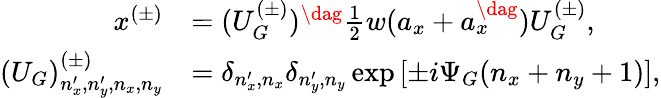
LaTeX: \begin{array}{rl}{x^{(\pm)}}&{=(U_{G}^{(\pm)})^{\dag}\frac{1}{2}w(a_{x}+a_{x}^{\dag})U_{G}^{(\pm)},}\\ {(U_{G})_{n_{x}^{\prime},n_{y}^{\prime},n_{x},n_{y}}^{(\pm)}}&{=\delta_{n_{x}^{\prime},n_{x}}\delta_{n_{y}^{\prime},n_{y}}\exp\left[\pm i\Psi_{G}(n_{x}+n_{y}+1)\right],}\end{array}